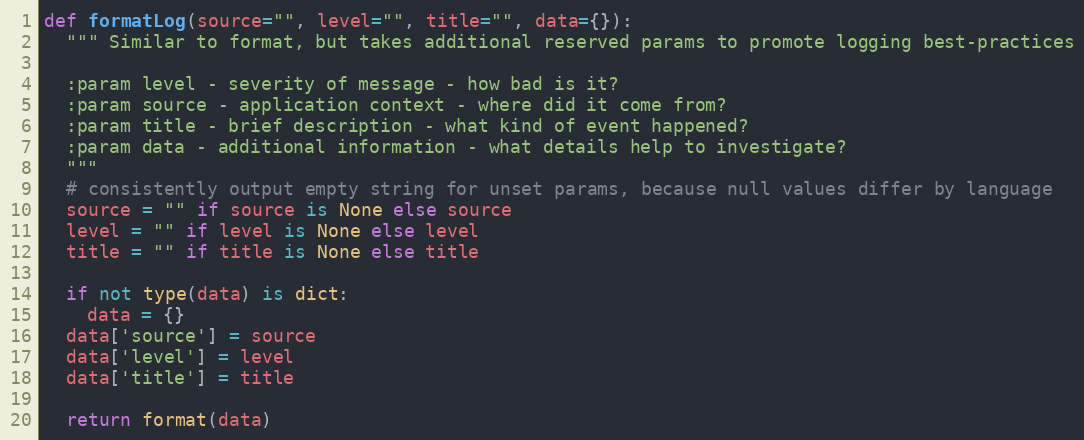
Language: Python
def formatLog(source="", level="", title="", data={}):
  """ Similar to format, but takes additional reserved params to promote logging best-practices

  :param level - severity of message - how bad is it?
  :param source - application context - where did it come from?
  :param title - brief description - what kind of event happened?
  :param data - additional information - what details help to investigate?
  """
  # consistently output empty string for unset params, because null values differ by language
  source = "" if source is None else source
  level = "" if level is None else level
  title = "" if title is None else title

  if not type(data) is dict:
    data = {}
  data['source'] = source
  data['level'] = level
  data['title'] = title

  return format(data)